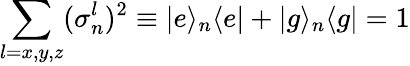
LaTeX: \sum_{l=x,y,z}(\sigma_{n}^{l})^{2}\equiv|e\rangle_{n}\langle e|+|g\rangle_{n}\langle g|=1